Indian journal of veterinary science and animal husbandry - Volume 5,
Year: 1935
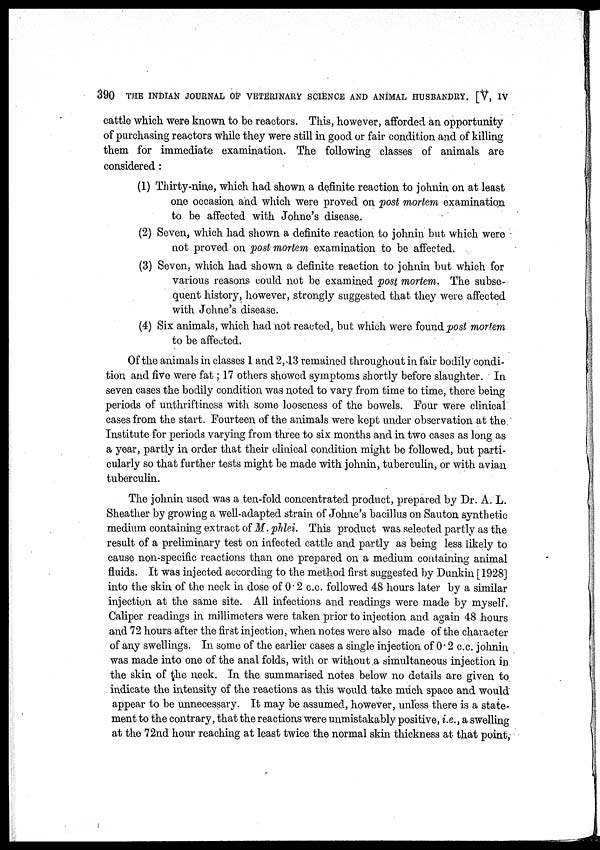
390 THE INDIAN JOURNAL OF VETERINARY SCIENCE AND ANIMAL HUSBANDRY. [V, IV
cattle which were known to be reactors. This, however, afforded an opportunity
of purchasing reactors while they were still in good or fair condition and of killing
them for immediate examination. The following classes of animals are
considered:
(1) Thirty-nine, which had shown a definite reaction to johnin on at least
one occasion and which were proved on post mortem examination
to be affected with Johne's disease.
(2) Seven, which had shown a definite reaction to johnin but which were
not proved on post mortem examination to be affected.
(3) Seven, which had shown a definite reaction to johnin but which for
various reasons could not be examined post mortem. The subse-
quent history, however, strongly suggested that they were affected
with Johne's disease.
(4) Six animals, which had not reacted, but which were found post mortem
to be affected.
Of the animals in classes 1 and 2,13 remained throughout in fair bodily condi-
tion and five were fat; 17 others showed symptoms shortly before slaughter. In
seven cases the bodily condition was noted to vary from time to time, there being
periods of unthriftiness with some looseness of the bowels. Four were clinical
cases from the start. Fourteen of the animals were kept under observation at the
Institute for periods varying from three to six months and in two cases as long as
a year, partly in order that their clinical condition might be followed, but parti-
cularly so that further tests might be made with johnin, tuberculin, or with avian
tuberculin.
The johnin used was a ten-fold concentrated product, prepared by Dr. A. L.
Sheather by growing a well-adapted strain of Johne's bacillus on Sauton synthetic
medium containing extract of M. phlei. This product was selected partly as the
result of a preliminary test on infected cattle and partly as being less likely to
cause non-specific reactions than one prepared on a medium containing animal
fluids. It was injected according to the method first suggested by Dunkin [1928]
into the skin of the neck in dose of 0.2 c.c. followed 48 hours later by a similar
injection at the same site. All infections and readings were made by myself.
Caliper readings in millimeters were taken prior to injection and again 48 hours
and 72 hours after the first injection, when notes were also made of the character
of any swellings. In some of the earlier cases a single injection of 0.2 c.c. johnin
was made into one of the anal folds, with or without a simultaneous injection in
the skin of the neck. In the summarised notes below no details are given to
indicate the intensity of the reactions as this would take much space and would
appear to be unnecessary. It may be assumed, however, unless there is a state-
ment to the contrary, that the reactions were unmistakably positive, i.e., a swelling
at the 72nd hour reaching at least twice the normal skin thickness at that point,